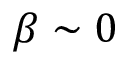
\beta \sim 0